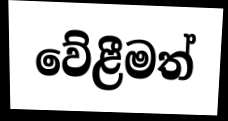
වේළීමත්